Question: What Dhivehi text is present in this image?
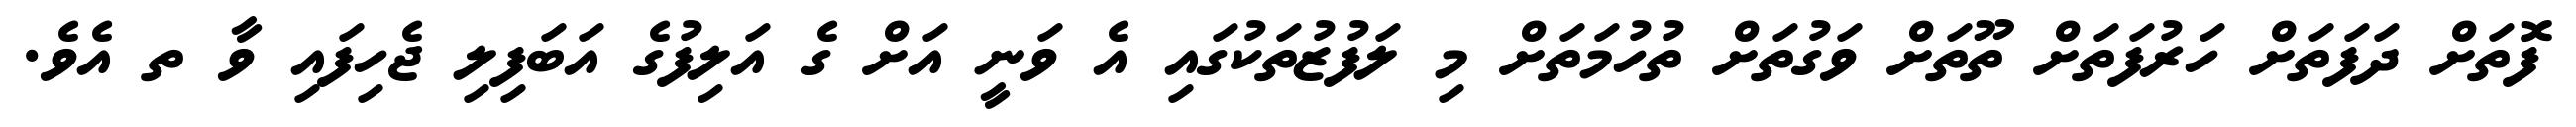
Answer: ފޮތަށް ދަފަތަށް ހަރުފަތަށް ތޫތަށް ވަގުތަށް ތުހުމަތަށް މި ލަފުޒުތަކުގައި އެ ވަނީ އަށް ގެ އަލިފުގެ އަބަފިލި ޖެހިފައި ވާ ތ އެވެ.